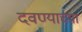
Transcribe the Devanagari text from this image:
दवण्याच्या